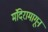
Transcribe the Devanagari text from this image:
मंदिरामागून